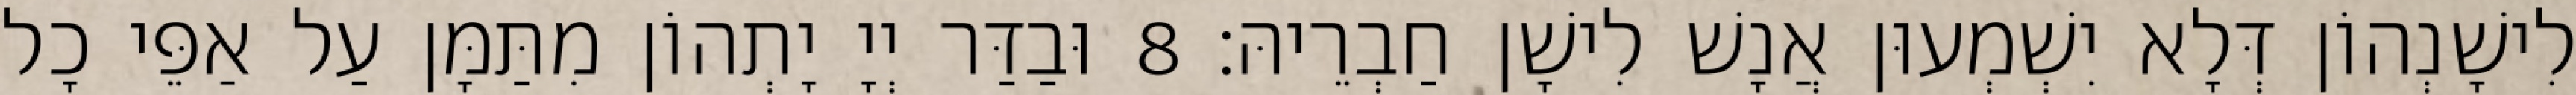
לִישָׁנְהוֹן דְּלָא יִשְׁמְעוּן אֲנָשׁ לִישָׁן חַבְרֵיהּ׃ 8 וּבַדַּר יְיָ יָתְהוֹן מִתַּמָּן עַל אַפֵּי כָל